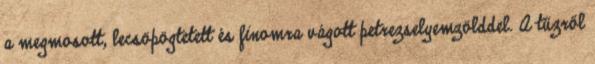
a megmosott, lecsöpögtetett és finomra vágott petrezselyemzölddel. A tűzről